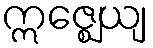
ဣဇ္ဈေယျ